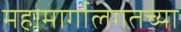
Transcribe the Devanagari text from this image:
महामार्गालगतच्या